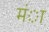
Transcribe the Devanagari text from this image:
मंा